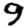
Digit: 9